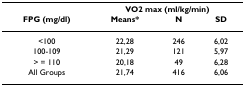
<table><thead><tr><td></td><td colspan="3"><b>VO2 max (ml/kg/min)</b></td></tr><tr><td><b>FPG (mg/dl)</b></td><td><b>Means*</b></td><td><b>N</b></td><td><b>SD</b></td></tr></thead><tbody><tr><td>&lt;100</td><td>22,28</td><td>246</td><td>6,02</td></tr><tr><td>100-109</td><td>21,29</td><td>121</td><td>5,97</td></tr><tr><td>&gt; = 110</td><td>20,18</td><td>49</td><td>6,28</td></tr><tr><td>All Groups</td><td>21,74</td><td>416</td><td>6,06</td></tr></tbody></table>